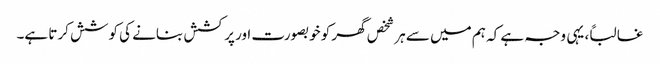
غالباً، یہی وجہ ہے کہ ہم میں سے ہر شخص گھر کو خوبصورت اور پرکشش بنانے کی کوشش کرتا ہے۔